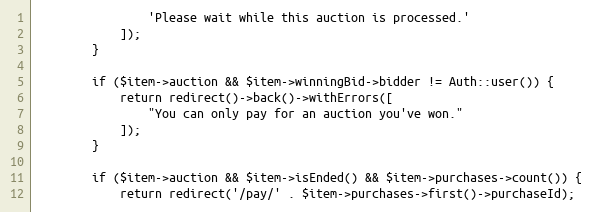
Language: PHP
                'Please wait while this auction is processed.'
            ]);
        }

        if ($item->auction && $item->winningBid->bidder != Auth::user()) {
            return redirect()->back()->withErrors([
                "You can only pay for an auction you've won."
            ]);
        }

        if ($item->auction && $item->isEnded() && $item->purchases->count()) {
            return redirect('/pay/' . $item->purchases->first()->purchaseId);